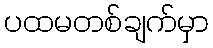
ပထမတစ်ချက်မှာ